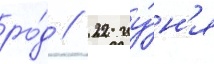
ро́д // 22 иу́н'я